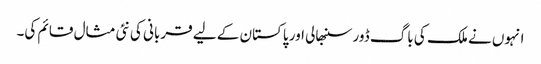
انہوں نے ملک کی باگ ڈور سنبھالی اور پاکستان کے لیے قربانی کی نئی مثال قائم کی۔